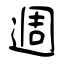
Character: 週